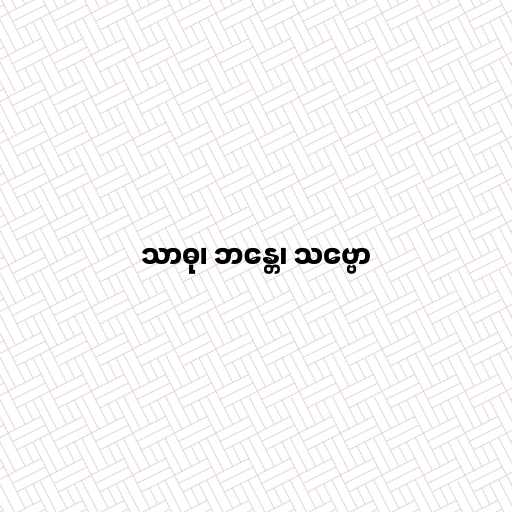
သာဓု၊ ဘန္တေ၊ သဗ္ဗော